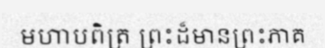
មហាបពិត្រ ព្រះដ៏មានព្រះភាគ